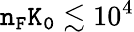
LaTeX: \mathtt{n_{F}K_{0}}\lesssim 10^{4}